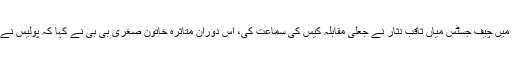
تفصیلات کے مطابق سپریم کورٹ لاہور رجسٹری میں چیف جسٹس میاں ثاقب نثار نے جعلی مقابلہ کیس کی سماعت کی، اس دوران متاثرہ خاتون صغریٰ بی بی نے کہا کہ پولیس نے مجھے اوربیٹے کواغوا کے مقدمے میں ملوث کیا۔